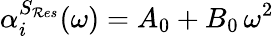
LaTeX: \alpha_{i}^{S_{\mathcal{R}es}}(\omega)=A_{0}+B_{0}\, \omega^{2}